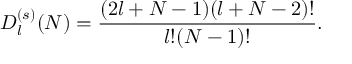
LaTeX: D _ { l } ^ { ( s ) } ( N ) = \frac { ( 2 l + N - 1 ) ( l + N - 2 ) ! } { l ! ( N - 1 ) ! } .